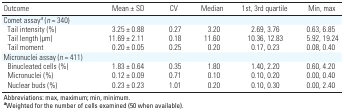
<table><thead><tr><td><b>Outcome</b></td><td><b>Mean ± SD</b></td><td><b>CV</b></td><td><b>Median</b></td><td><b>1st, 3rd quartile</b></td><td><b>Min, max</b></td></tr></thead><tbody><tr><td><b>Comet assay<sup><i>a</i></sup> (<i>n</i> = 340)</b></td></tr><tr><td><b>Tail intensity (%)</b></td><td>3.25 ± 0.88</td><td>0.27</td><td>3.20</td><td>2.69, 3.76</td><td>0.63, 6.85</td></tr><tr><td><b>Tail length (μm)</b></td><td>11.69 ± 2.11</td><td>0.18</td><td>11.60</td><td>10.36, 12.83</td><td>5.92, 19.24</td></tr><tr><td><b>Tail moment</b></td><td>0.20 ± 0.05</td><td>0.25</td><td>0.20</td><td>0.17, 0.23</td><td>0.08, 0.40</td></tr><tr><td><b>Micronuclei assay (<i>n </i>= 411)</b></td></tr><tr><td><b>Binucleated cells (%)</b></td><td>1.83 ± 0.64</td><td>0.35</td><td>1.80</td><td>1.40, 2.20</td><td>0.60, 4.20</td></tr><tr><td><b>Micronuclei (%)</b></td><td>0.12 ± 0.09</td><td>0.71</td><td>0.10</td><td>0.10, 0.20</td><td>0.00, 0.40</td></tr><tr><td><b>Nuclear buds (%)</b></td><td>0.23 ± 0.23</td><td>1.01</td><td>0.20</td><td>0.10, 0.30</td><td>0.00, 2.40</td></tr><tr><td colspan="6">Abbreviations: max, maximum; min, minimum. <sup><i><b>a</b></i></sup>Weighted for the number of cells examined (50 when available).</td></tr></tbody></table>